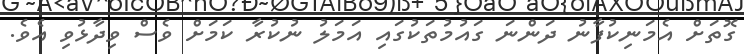
ގޮތަށް އެމަނިކުފާނު ދަންނަ ގައުމުތަކުގައި އަމަލު ނުކުރާ ކަމަށް ވެސް ވިދާޅުވި އެވެ.